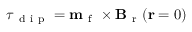
\boldsymbol { \tau } _ { \mathrm { ~ d ~ i ~ p ~ } } = \mathbf { m } _ { \mathrm { ~ f ~ } } \times \mathbf { B } _ { \mathrm { ~ r ~ } } ( \mathbf { r } = 0 )